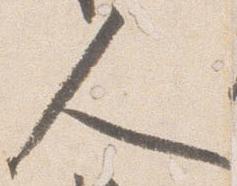
人